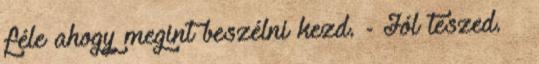
féle ahogy megint beszélni kezd. - Jól teszed. –